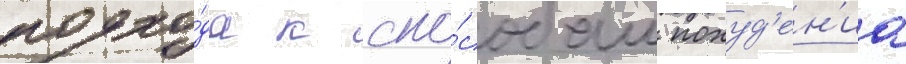
подхо́да к спо́собам похуд'ен'иа